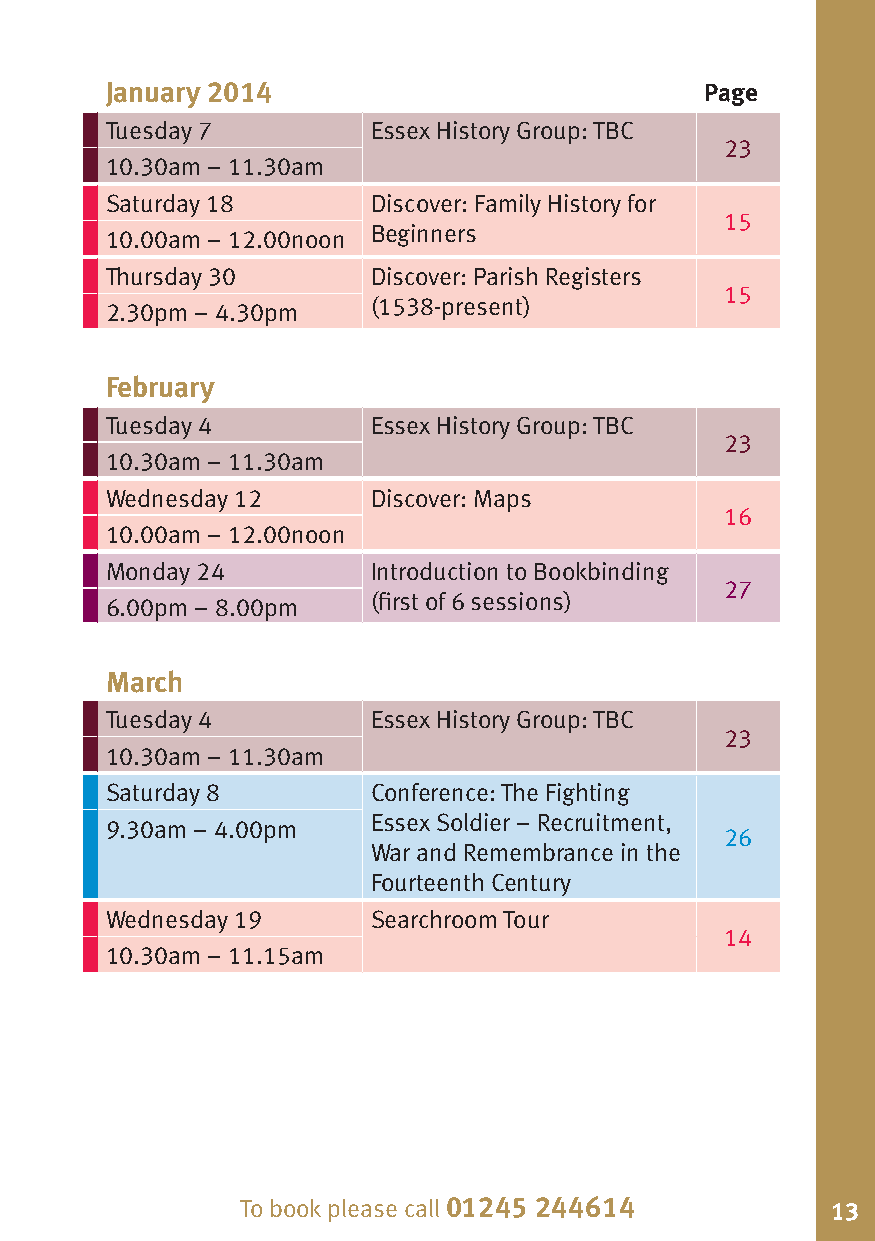
January 2014                            Page
 Tuesday 7         Essex History Group: TBC
 23
 10.30am – 11.30am
 Saturday 18       Discover: Family History for
 15
 Beginners
 10.00am – 12.00noon
 Thursday 30       Discover: Parish Registers
 15
 (1538-present)
 2.30pm – 4.30pm
 February
 Tuesday 4         Essex History Group: TBC
 23
 10.30am – 11.30am
 Wednesday 12      Discover: Maps
 16
 10.00am – 12.00noon
 Monday 24         Introduction to Bookbinding
 27
 (first of 6 sessions)
 6.00pm – 8.00pm
 March
 Tuesday 4         Essex History Group: TBC
 23
 10.30am – 11.30am
 Saturday 8        Conference: The Fighting
 Essex Soldier – Recruitment,
 9.30am – 4.00pm
 26
 War and Remembrance in the
 Fourteenth Century
 Wednesday 19      Searchroom Tour
 14
 10.30am – 11.15am
 To book please call 01245 244614 To book please call 01245 244614 13